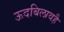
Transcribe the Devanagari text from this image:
ऊदबिलावहै